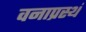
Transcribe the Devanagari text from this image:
वनाप्रस्थं